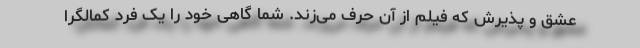
عشق و پذیرش که فیلم از آن حرف می‌زند. شما گاهی خود را یک فرد کمالگرا